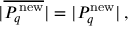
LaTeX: | \overline { { { P _ { q } ^ { \mathrm { \, n e w } } } } } | = | P _ { q } ^ { \mathrm { n e w } } | \, ,